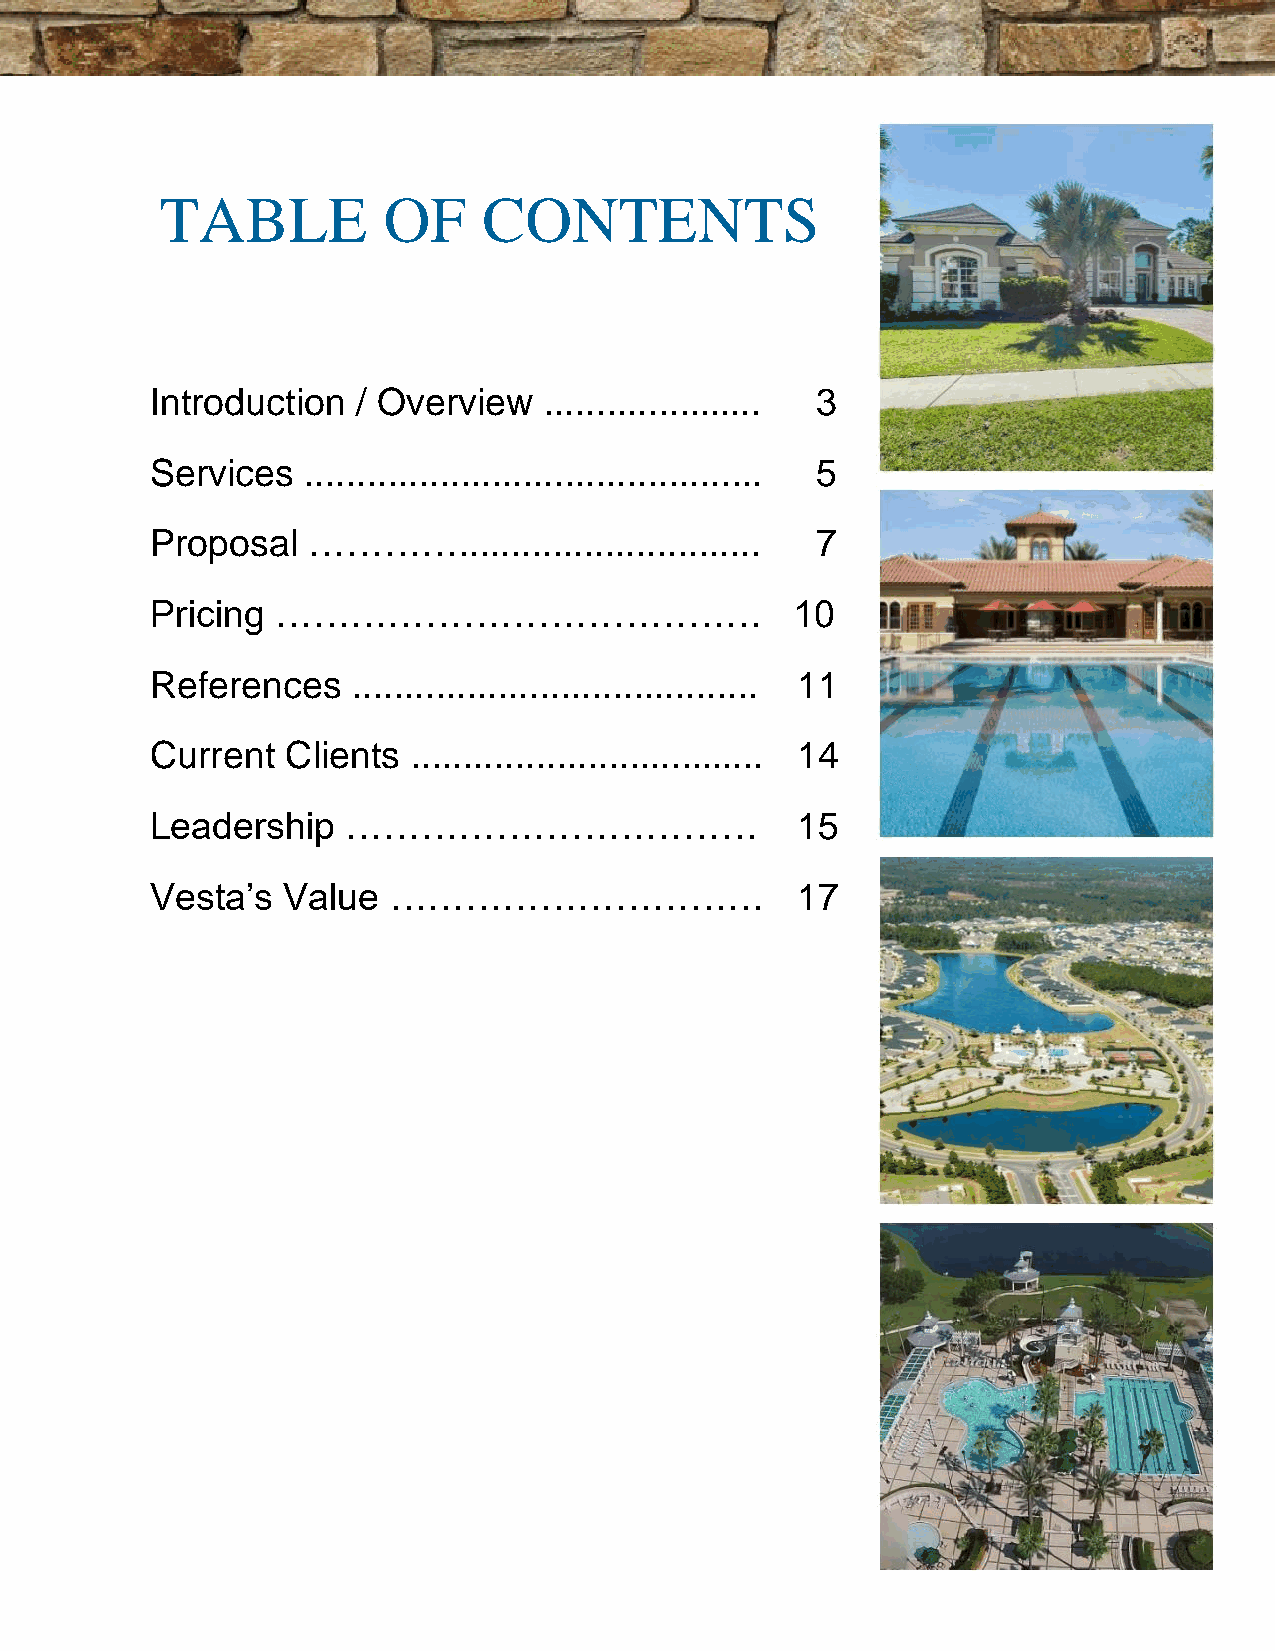
TABLE         OF     CONTENTS
 Introduction  / Overview  ..................... 3
 Services  ............................................ 5
 Proposal  …………............................. 7
 Pricing …………………………………                     10
 References   ....................................... 11
 Current  Clients .................................. 14
 Leadership   ……………………………                   15
 Vesta’s  Value  …………………………                 17